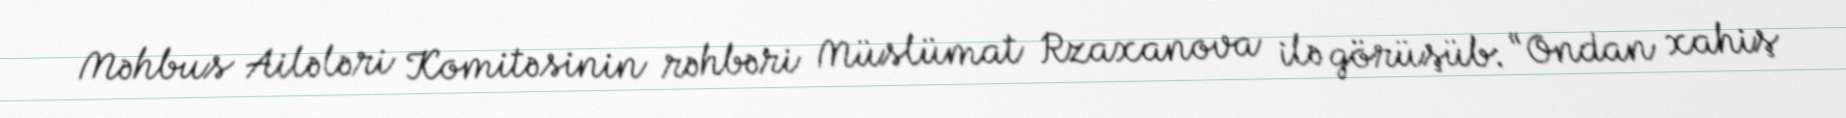
Məhbus Ailələri Komitəsinin rəhbəri Müslümat Rzaxanova ilə görüşüb: “Ondan xahiş